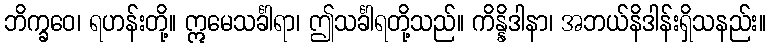
ဘိက္ခဝေ၊ ရဟန်းတို့။ ဣမေသင်္ခါရာ၊ ဤသင်္ခါရတို့သည်။ ကိန္နိဒါနာ၊ အဘယ်နိဒါန်းရှိသနည်း။